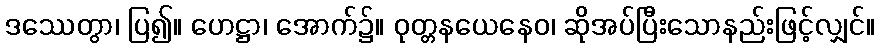
ဒဿေတွာ၊ ပြ၍။ ဟေဋ္ဌာ၊ အောက်၌။ ဝုတ္တနယေနေဝ၊ ဆိုအပ်ပြီးသောနည်းဖြင့်လျှင်။